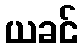
ယခင်